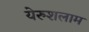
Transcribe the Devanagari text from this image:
येरुशलाम